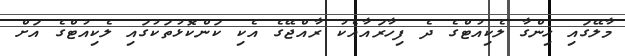
މާލޭގައި ހިންގާ ލެކިއުޓްގެ ދެ ފިހާރައާއެކު ރާއްޖޭގެ އެކި ކަންކޮޅުތަކުގައި ލެކިއުޓްގެ އަށް